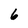
Character: 6